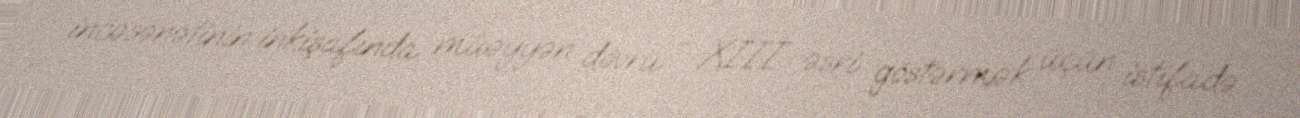
incəsənətinin inkişafında müəyyən dövrü - XIII əsri göstərmək üçün istifadə